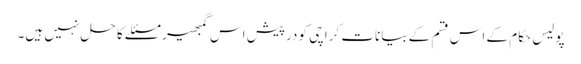
پولیس حکام کے اس قسم کے بیانات کراچی کو درپیش اس گمبھیر مسئلے کا حل نہیں ہیں۔